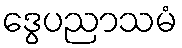
ဒွေပညာသမံ